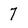
Character: 7